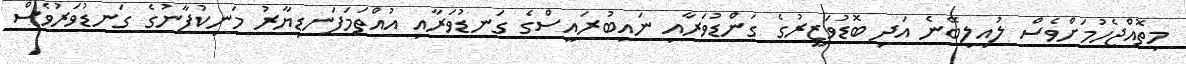
މިތޮއްޖެހުމަށްވެސް ލުއިލިބޭނެ އަދި ބޮޑުވަޒީރުގެ ގަންޑުވަރާއި ނައިބުރައީސްގެ ގަނޑުވަރާއި އުއްތަމަފަނޑިޔާރު މަނިކުފާނުގެ ގަނޑުވަރުވެސް